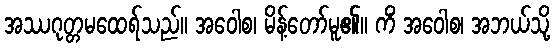
အဿဂုတ္တမထေရ်သည်။ အဝေါစ၊ မိန့်တော်မူ၏။ ကိံ အဝေါစ၊ အဘယ်သို့